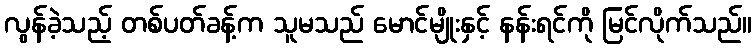
လွန်ခဲ့သည့် တစ်ပတ်ခန့်က သူမသည် မောင်မျိုးနှင့် နန်းရင်ကို မြင်လိုက်သည်။